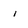
Character: i